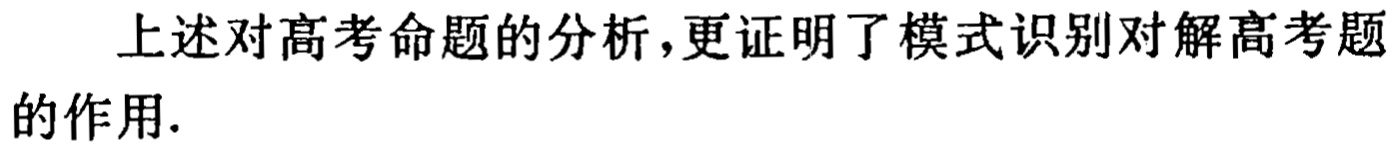
上述对高考命题的分析，更证明了模式识别对解高考题的作用.